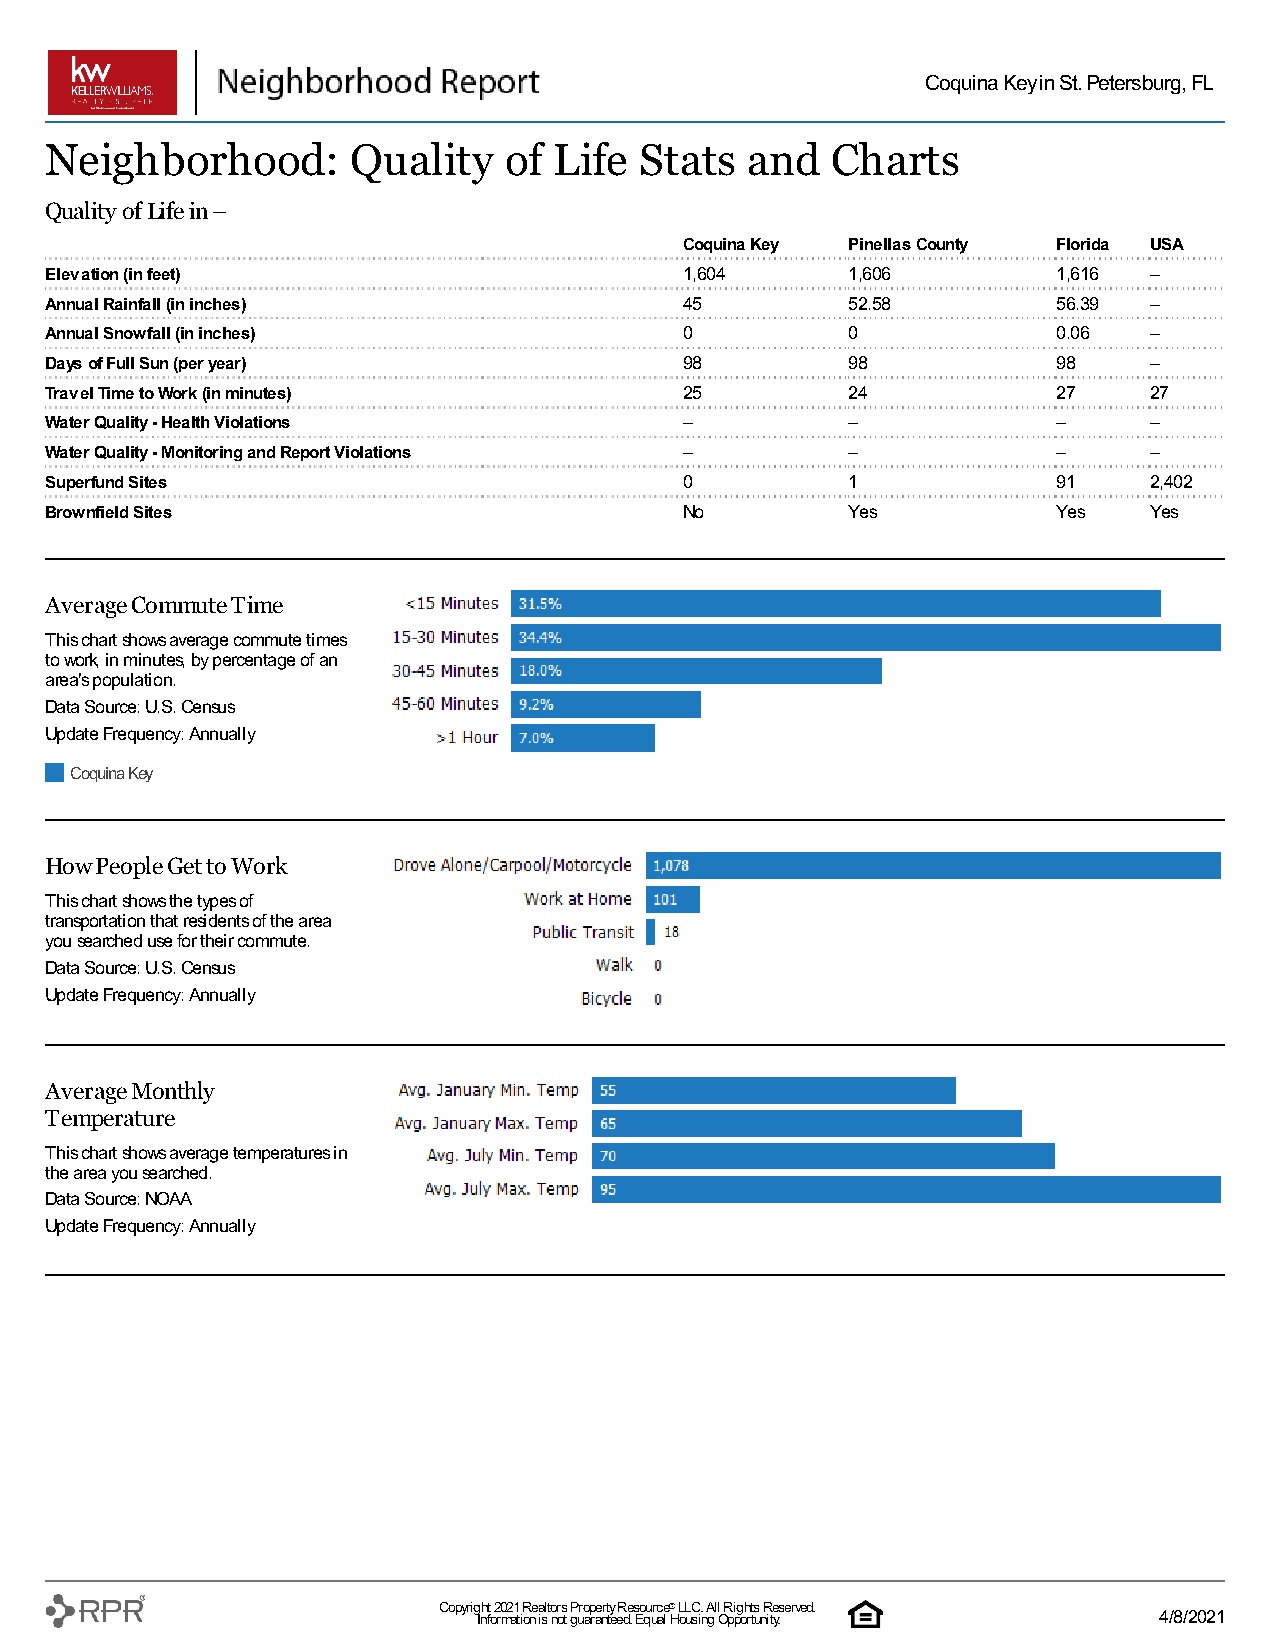
Coquina Key in St. Petersburg, FL
 Neighborhood:       Quality   of  Life Stats  and   Charts
 Quality of Life in –
 Coquina Key Pinellas County Florida USA
 Elevation (in feet)                       1,604      1,606         1,616 –
 Annual Rainfall (in inches)               45         52.58         56.39 –
 Annual Snowfall (in inches)               0          0             0.06  –
 Days of Full Sun (per year)               98         98            98    –
 Travel Time to Work (in minutes)          25         24            27    27
 Water Quality - Health Violations         –          –             –     –
 Water Quality - Monitoring and Report Violations –   –             –     –
 Superfund Sites                           0          1             91    2,402
 Brownfield Sites                          No         Yes           Yes   Yes
 Average Commute Time
 This chart shows average commute times
 to work, in minutes, by percentage of an
 area's population.
 Data Source: U.S. Census
 Update Frequency: Annually
 Coquina Key
 How People Get to Work
 This chart shows the types of
 transportation that residents of the area
 you searched use for their commute.
 Data Source: U.S. Census
 Update Frequency: Annually
 Average Monthly
 Temperature
 This chart shows average temperatures in
 the area you searched.
 Data Source: NOAA
 Update Frequency: Annually
 Copyrig Inh ft o 2 r0 m2 a1 t iR one a islt o nr os t gP uro ap rae nrt ty e eR de . s Eo qu urc ae l ® H L oL uC si. n A gl l O R pi pg oh rt ts u nR ite y.served. 4/8/2021